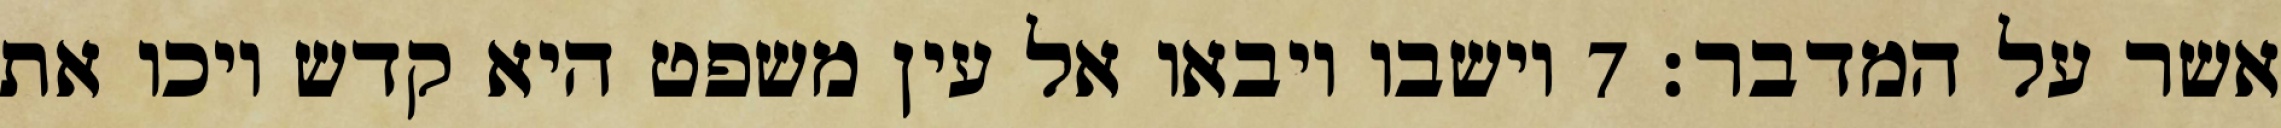
אשר על המדבר׃ ‎7‏ וישבו ויבאו אל עין משפט היא קדש ויכו את